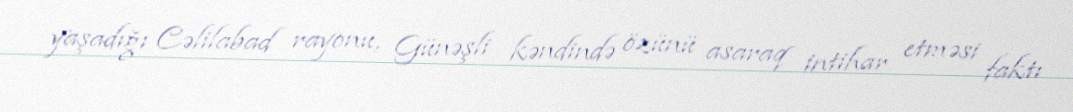
yaşadığı Cəlilabad rayonu, Günəşli kəndində özünü asaraq intihar etməsi faktı